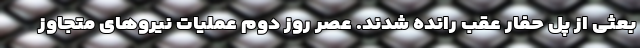
بعثی از پل حفار عقب رانده شدند. عصر روز دوم عملیات نیروهای متجاوز